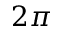
2 \pi